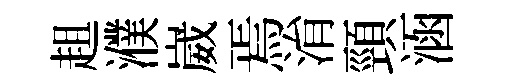
趄濮崴焉㳙頸涵